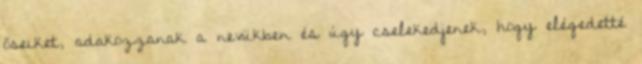
őseiket, adakozzanak a nevükben és úgy cselekedjenek, hogy elégedetté